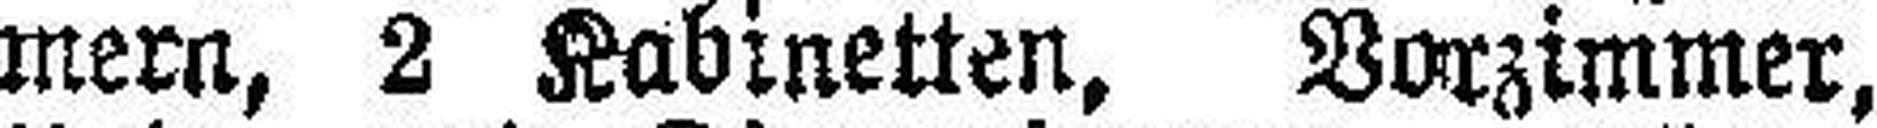
mern, 2 Kabinetten, Vorzimmer,